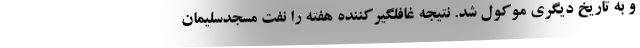
و به تاریخ دیگری موکول شد. نتیجه غافلگیرکننده هفته را نفت مسجدسلیمان